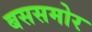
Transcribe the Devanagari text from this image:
बससमोर